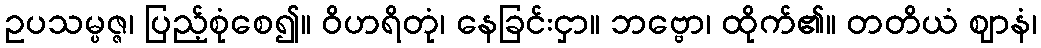
ဥပသမ္ပဇ္ဇ၊ ပြည့်စုံစေ၍။ ဝိဟရိတုံ၊ နေခြင်းငှာ။ ဘဗ္ဗော၊ ထိုက်၏။ တတိယံ ဈာနံ၊